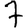
Digit: 7